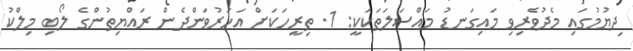
ދިޔުމުގައި މެދުވެރިވި މައިގަނޑު މައްސަލަތަކަކީ: 1. ތިރީހަކަށް އަހަރުވަންދެން ރައްޔިތުންގެ ލޯބި މިލްކު